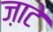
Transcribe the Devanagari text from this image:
ज़ाटे